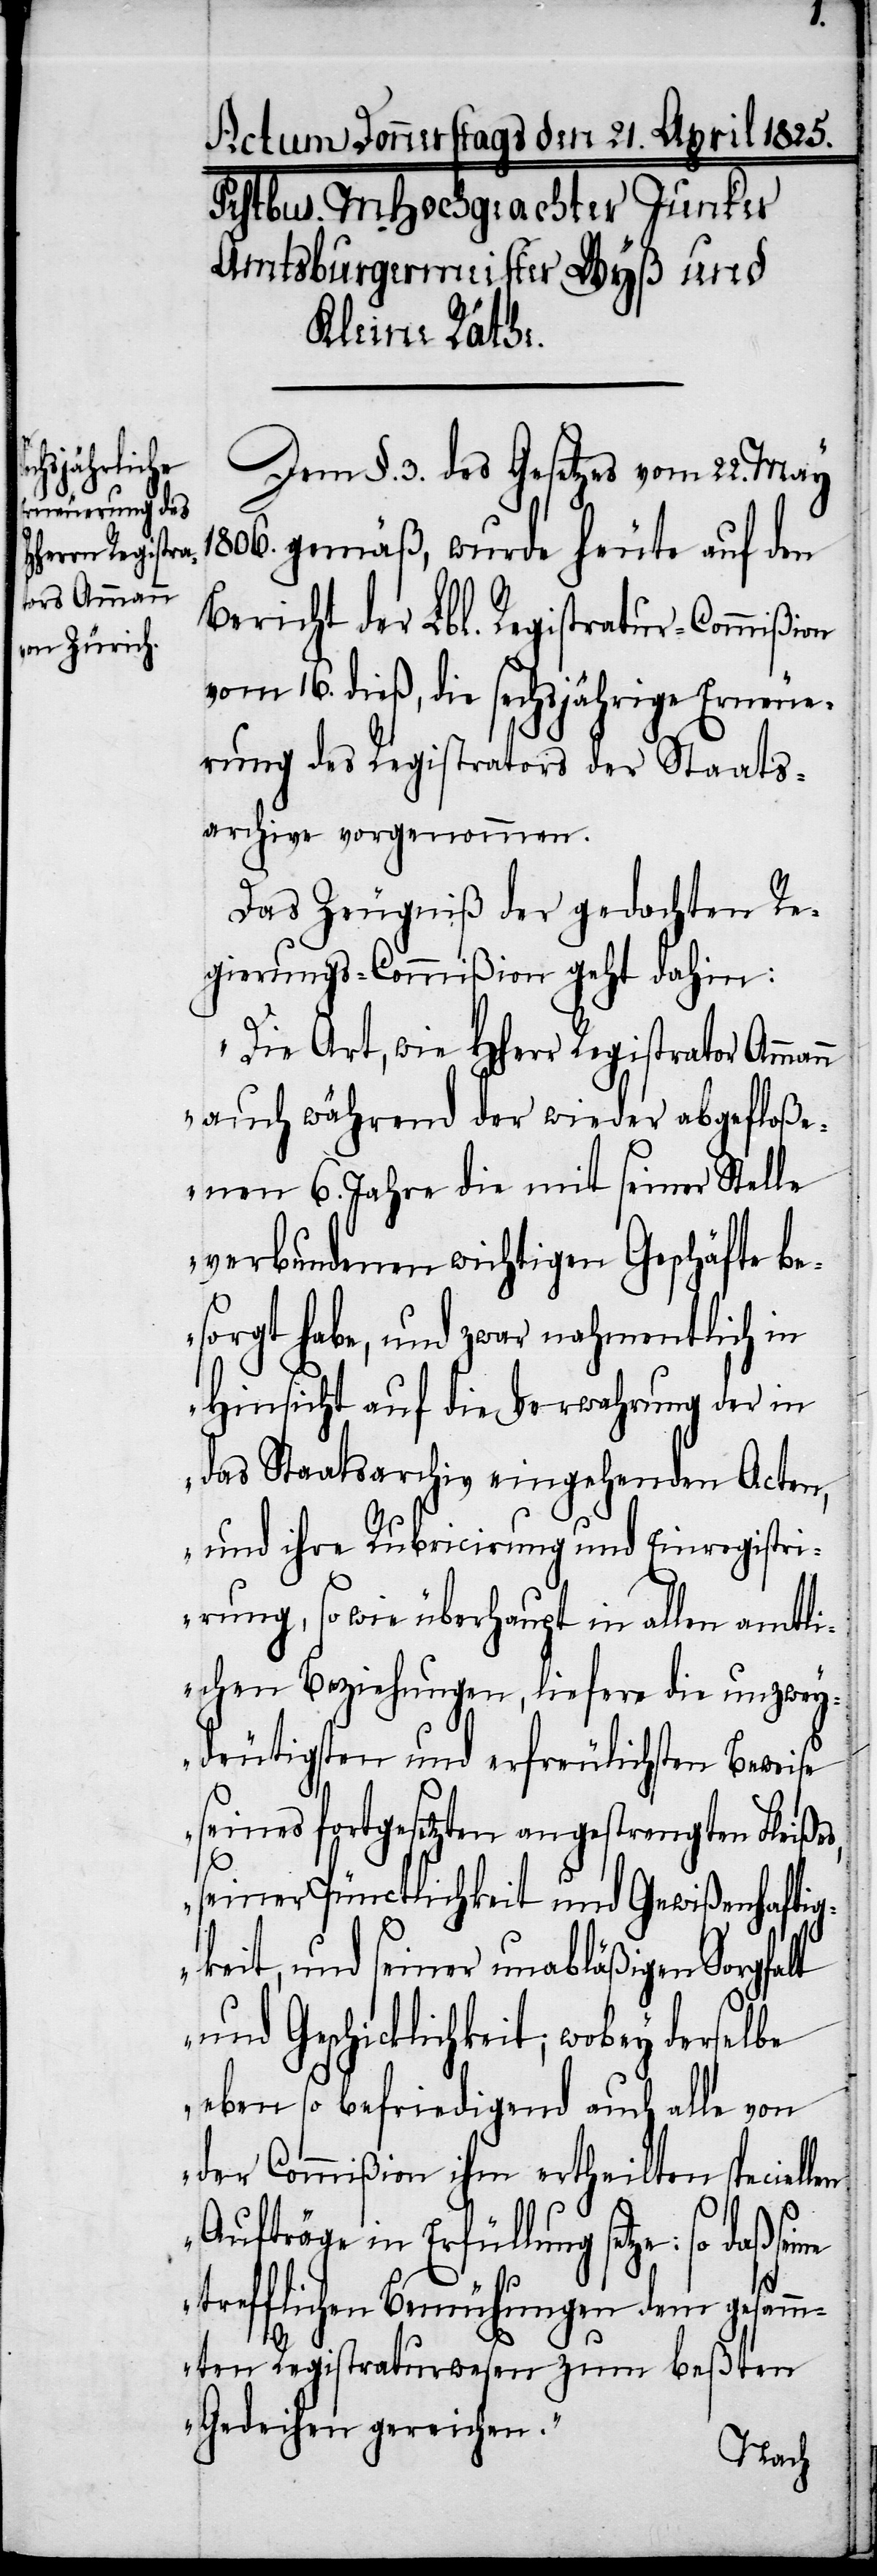
len
Dem §. 3. des Gesetzes vom 22. May
1806. gemäß, wurde heute auf den
Bericht der Lbl. Registratur-Commißion
vom 16. dieß, die sechsjährige Erneue¬
rung des Registrators der Staats¬
archive vorgenommen.
Das Zeugniß der gedachten Re¬
gierungs-Commißion geht dahin:
„Die Art, wie HHerr Registrator Amman¬
n auch während der wieder abgefloße¬
nen 6. Jahre die mit seiner Stelle
verbundenen wichtigen Geschäfte be¬
sorgt habe, und zwar nahmentlich in
Hinsicht auf die Verwahrung der in
das Staatsarchiv eingehenden Acten,
und ihre Rubricirung und Einregistri¬
rung, so wie überhaupt in allen amtli¬
chen Beziehungen, liefere die unzwey¬
deutigsten und erfreulichsten Beweise
seines fortgesetzten angestrengten Fleiße¬
seiner Pünctlichkeit und Gewißenhaftig¬
keit, und seiner unabläßigen Sorgfalt
und Geschicklichkeit; wobey derselbe
ebenso befriedigend auch alle von
der Commißion ihm ertheilten speciel¬
Aufträge in Erfüllung setze: so daß
trefflichen Bemühungen dem gesam¬
mten Registraturwesen zum beßten
Gedeihen gereichen.“